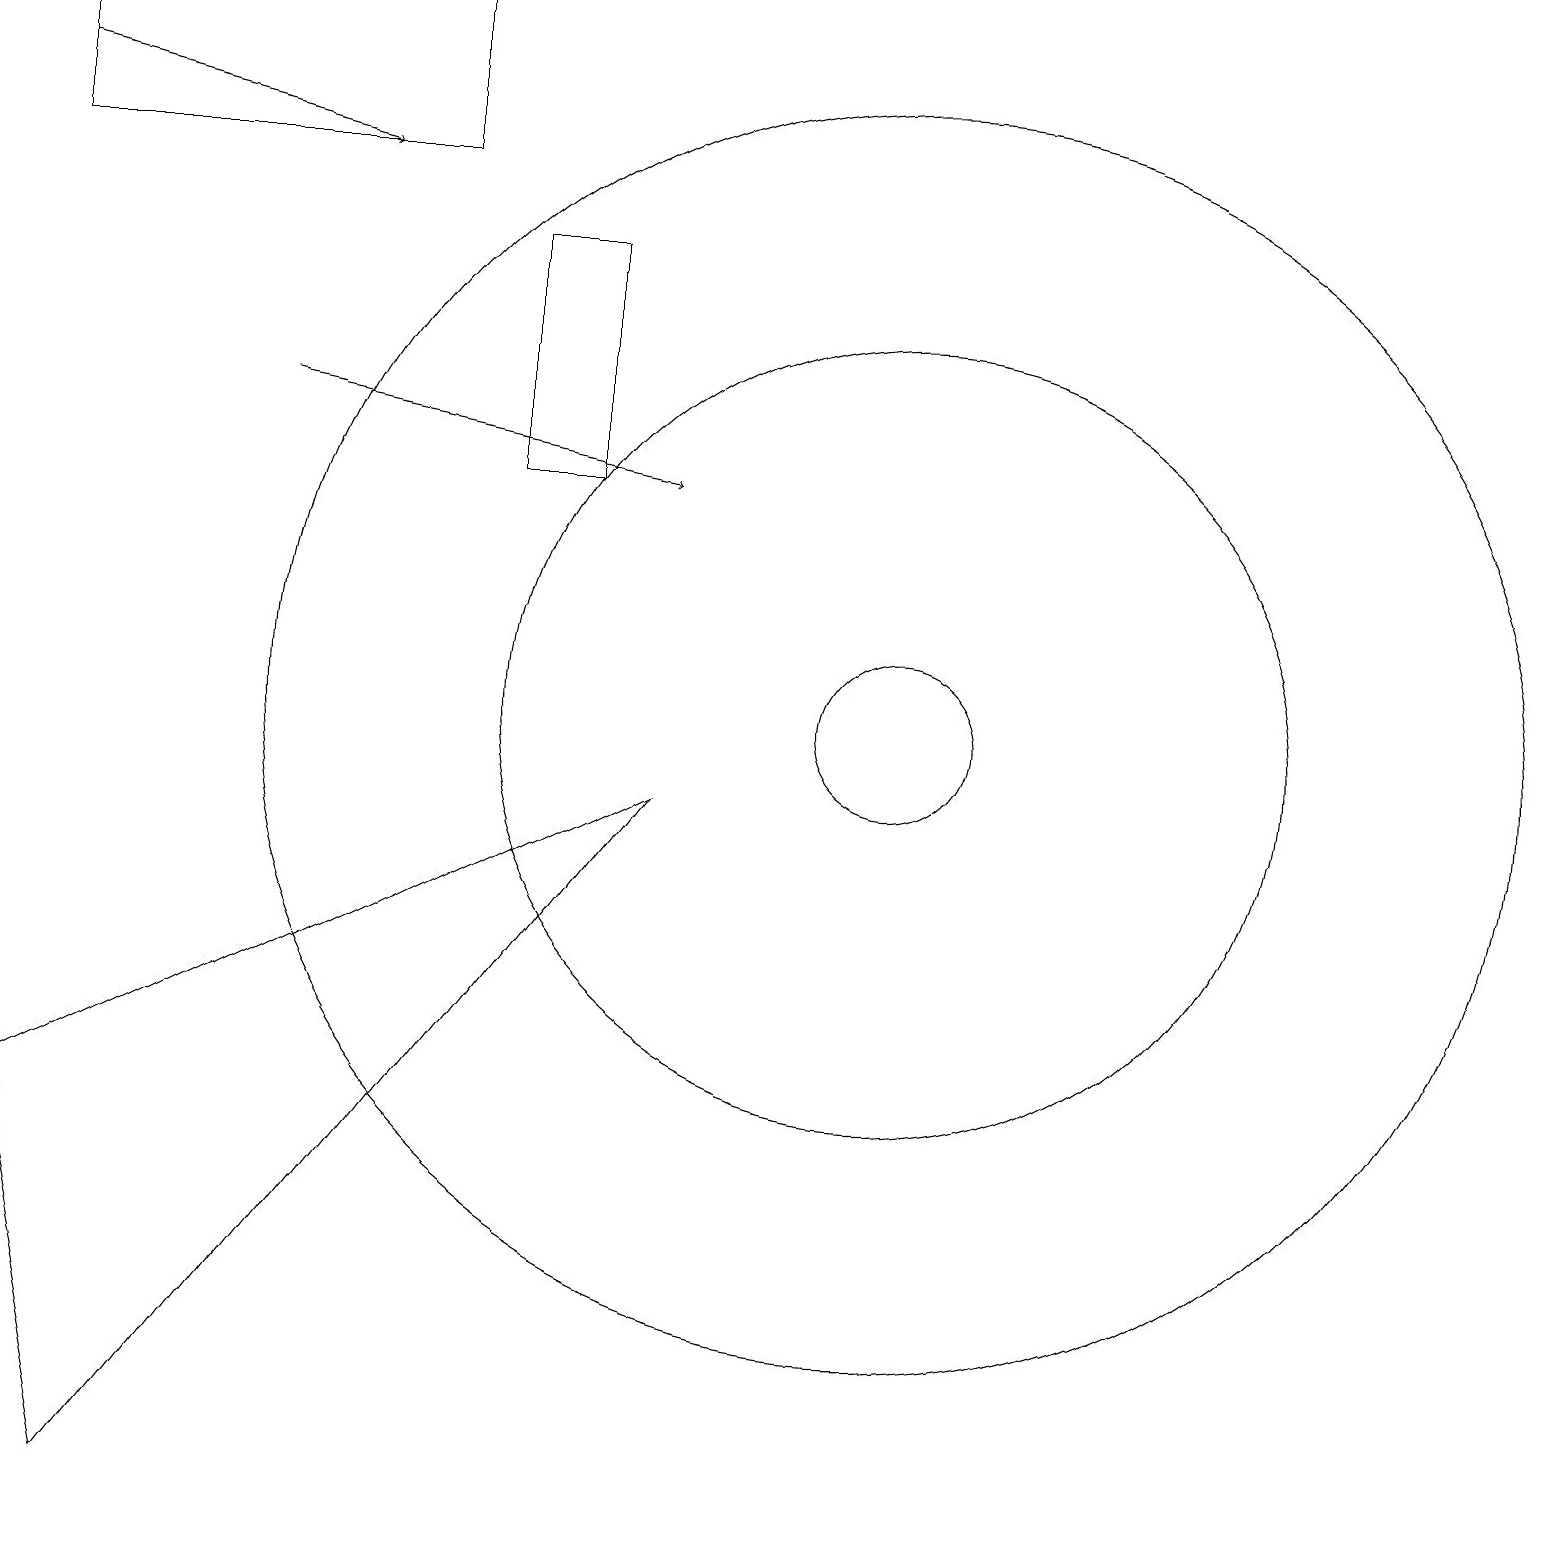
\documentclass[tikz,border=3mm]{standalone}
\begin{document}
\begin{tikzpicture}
\draw (11,10) circle (1);
\draw (11,10) circle (8);
\draw[->] (3,14) -- (8,13);
\draw (11,10) circle (5);
\draw (5,19) rectangle (0,17);
\draw[->] (0,18) -- (4,17);
\draw (6,13) rectangle (7,16);
\draw (8,9) -- (0,5) -- (1,0) -- cycle;
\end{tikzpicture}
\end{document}